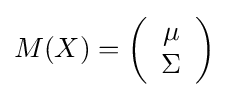
M(X)=\left({\begin{array}{*{20}c}\mu \\\Sigma \end{array}}\right)